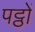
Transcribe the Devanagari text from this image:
पट्ठों